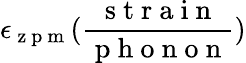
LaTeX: \epsilon_{\mathrm{~z~p~m~}}(\frac{\mathrm{~s~t~r~a~i~n~}}{\mathrm{~p~h~o~n~o~n~}})